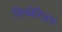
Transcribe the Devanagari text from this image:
डिप्थेरिअल